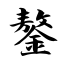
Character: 鏊